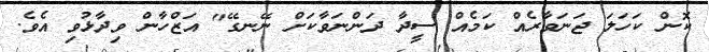
ކޮން ކަހަލަ ޖަނަވާރެއް ކަމެއް ސީދާ ދަންނަވާކަށް ނޭނގޭ" އަޒްހާން ވިދާޅުވި އެވެ.